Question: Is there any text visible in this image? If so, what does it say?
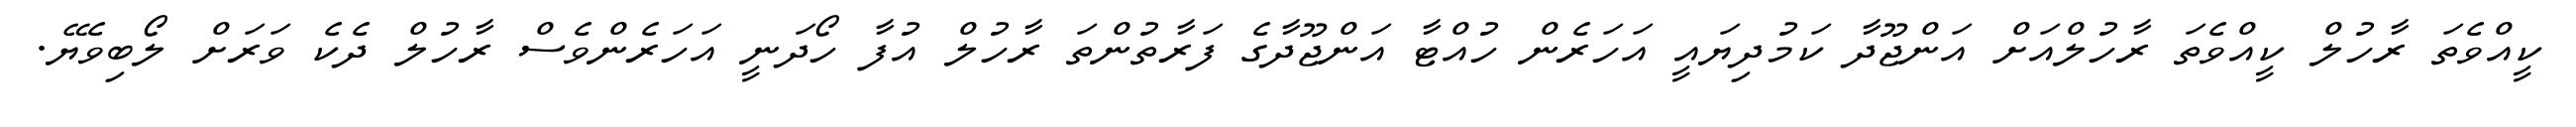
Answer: ކީއްވެތަ ރާހުލް ކީއްވެތަ ރާހުލްއަށް އަންޖޫދާ ކަމުދިޔައީ އަހަރެން ހުއްޓާ އަންޖޫދާގެ ފަރާތުންތަ ރާހުލް އުފާ ހޯދަނީ އަހަރެންވެސް ރާހުލް ދެކެ ވަރަށް ލޯބިވެޔޭ.